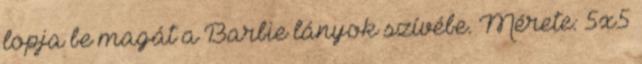
lopja be magát a Barbie lányok szívébe. Mérete: 5x5